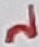
Text: 2